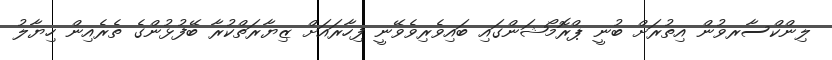
ލިންކްސާރވުން އިތުރަށް ބުނީ ޕްރޮމޯޝަންގައި ބައިވެރިވެވޭނީ ފިހާރައަށް ޒިޔާރަތްކުރާ ބޭފުޅުންގެ ތެރެއިން ހިޔާލު